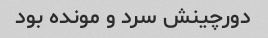
دورچینش سرد و مونده بود